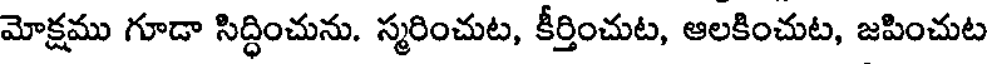
మోక్షము గూడా సిద్ధించును. స్మరించుట, కీర్తించుట, ఆలకించుట, జపించుట